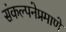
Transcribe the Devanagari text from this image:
संकल्पनेप्रमाणे